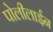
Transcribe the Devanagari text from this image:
पोलीलाईन